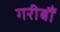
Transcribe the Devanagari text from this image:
गरीबौं